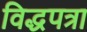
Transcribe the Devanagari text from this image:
विद्धपत्रा